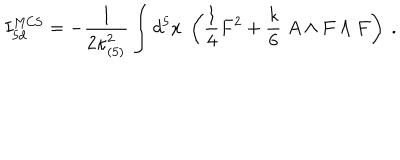
LaTeX: I _ { 5 d } ^ { \mathrm { M C S } } = - { \frac { 1 } { 2 \kappa _ { ( 5 ) } ^ { 2 } } } \int d ^ { 5 } x \; \left( { \frac { 1 } { 4 } } F ^ { 2 } + { \frac { k } { 6 } } \; A \wedge F \wedge F \right) \ .